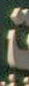
།